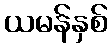
ယမန်နှစ်